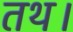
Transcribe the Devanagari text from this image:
तथ।